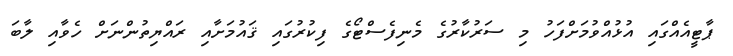
ޕާޓީއެއްގައި އުޅުއްވުމަށްފަހު މި ސަރުކާރުގެ މެނިފެސްޓޯގެ ފިކުރުގައި ޤައުމަށާއި ރައްޔިތުންނަށް ހެވާއި ލާބަ